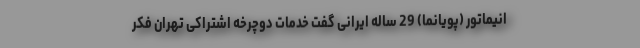
انیماتور (پویانما) 29 ساله ایرانی گفت خدمات دوچرخه اشتراکی تهران فکر